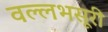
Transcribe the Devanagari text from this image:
वल्लभसूरी